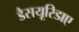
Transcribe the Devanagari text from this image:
डैसयूरिडाए